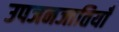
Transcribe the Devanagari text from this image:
उपजनजातियाँ